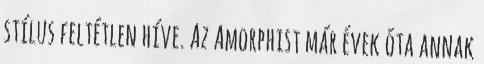
stílus feltétlen híve. Az Amorphist már évek óta annak